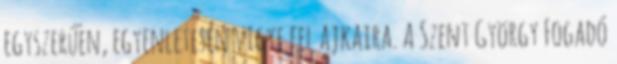
egyszerűen, egyenletesen vigye fel ajkaira. A Szent György Fogadó